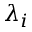
\lambda _ { i }